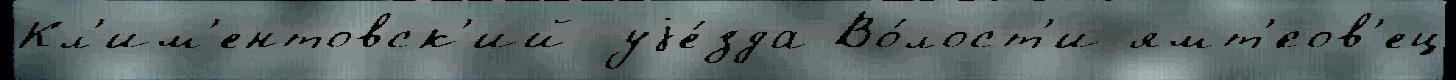
Кл'им'ентовск'ий уjе́зда Во́лост'и ямт'́сов'ец